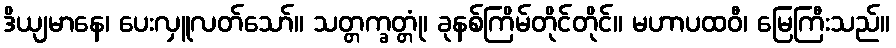
ဒိယျမာနေ၊ ပေးလှူလတ်သော်။ သတ္တက္ခတ္တုံ၊ ခုနစ်ကြိမ်တိုင်တိုင်။ မဟာပထဝီ၊ မြေကြီးသည်။